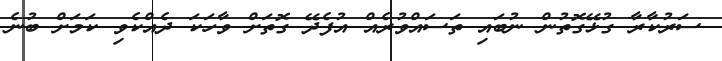
ސަރުކާރާ ގުޅޭގޮތުން ނުބައި ތަސައްވުރެއް އުފެދޭ ގޮތަށް ވާހަކަ ދެއްކެވި ކަމަށް ބުނެ